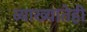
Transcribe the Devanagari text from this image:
व्याख्यातेही